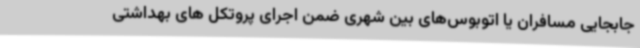
جابجایی مسافران یا اتوبوس‌های بین شهری ضمن اجرای پروتکل های بهداشتی